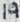
Text: 19